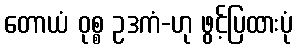
တောယံ ဝုစ္စ ဥဒကံ-ဟု ဖွင့်ပြထားပုံ